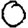
Digit: 0